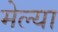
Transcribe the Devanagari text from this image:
मेल्‍या